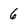
Character: 6